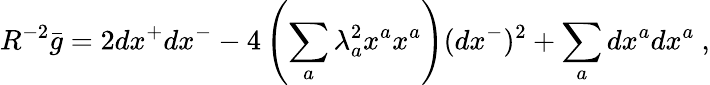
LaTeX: R^{-2}\bar{g}=2dx^{+}dx^{-}-4\left(\sum_{a}\lambda_{a}^{2}x^{a}x^{a}\right)(dx^{-})^{2}+\sum_{a}dx^{a}dx^{a}~,